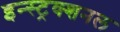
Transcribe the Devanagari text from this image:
इन्स्ट्रक्शनल